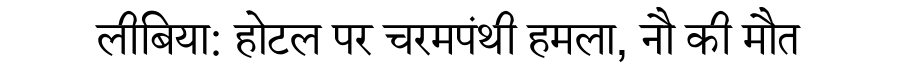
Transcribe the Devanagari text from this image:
लीबिया: होटल पर चरमपंथी हमला, नौ की मौत